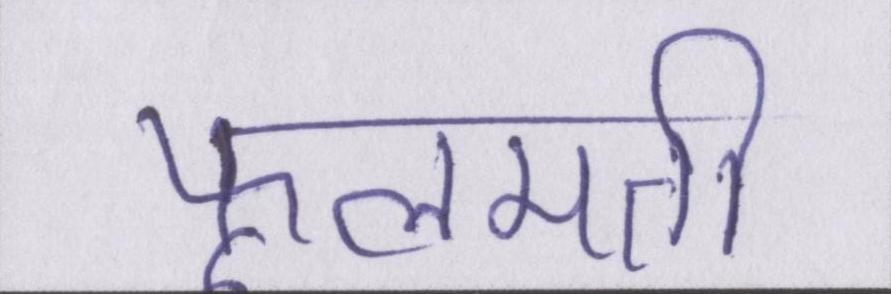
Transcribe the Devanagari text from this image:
फूलमती